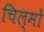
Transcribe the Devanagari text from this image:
चिल्मों